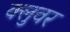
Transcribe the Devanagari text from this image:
क्लुवर